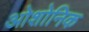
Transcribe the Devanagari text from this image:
ओशोनिक